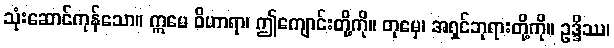
သုံးဆောင်ကုန်သော။ ဣမေ ဝိဟာရာ၊ ဤကျောင်းတို့ကို။ တုမှေ၊ အရှင်ဘုရားတို့ကို။ ဥဒ္ဒိဿ၊